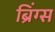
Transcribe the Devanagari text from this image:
ब्रिंग्स